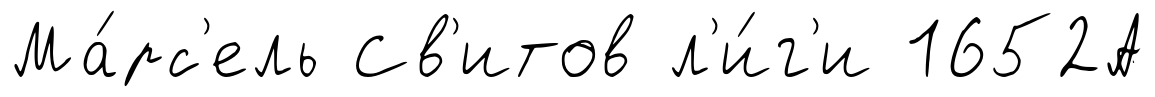
Ма́рс'ель Св'итов л'и́г'и 1652А